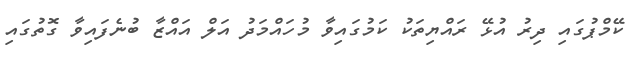
ކޭމްޕުގައި ދިރު އުޅޭ ރައްޔިތަކު ކަމުގައިވާ މުހައްމަދު އަލް އައްޒާ ބުނެފައިވާ ގޮތުގައި